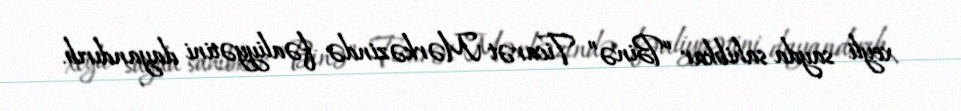
xeyli sayda sahibkar “Binə” Ticarət Mərkəzində fəaliyyətini dayandırıb.